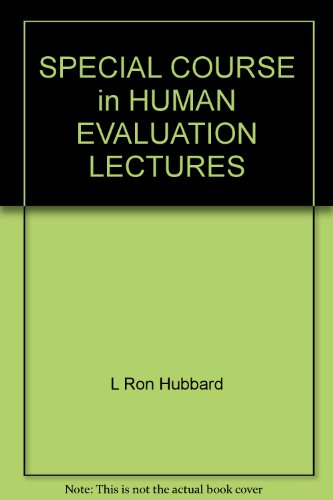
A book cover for Special Course in Human Evaluation; L. Ron Hubbard; Religion & Spirituality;